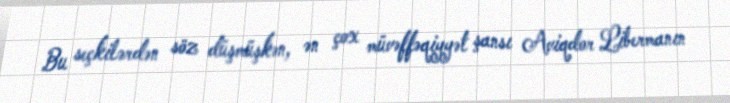
Bu seçkilərdən söz düşmüşkən, ən çox müvəffəqiyyət şansı Aviqdor Libermanın